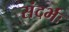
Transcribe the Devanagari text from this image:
संदर्भः